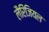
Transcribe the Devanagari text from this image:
लैरिंजियल